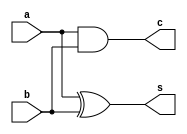
module halfAdder(a,b,s,c);
input a,b;
output s,c;
xor(s,a,b);
and(c,a,b);
endmodule

module fullAdder(input a , b , cin , output s , Cout);
  wire S0 , C0 , c1;
  halfAdder hf1( a , b , S0 , C0);
  halfAdder hf2( S0 , cin , s , c1);
  or(Cout , C0 , c1);
endmodule

module fullAdderTest();
  reg a, b, cin;
  wire s, cout;
  fullAdder fa(a,b,cin,s,cout);
  
  initial begin
    #0 a = 1'b0; b = 1'b0; cin = 1'b0;
    #50 a = 1'b0; b = 1'b0; cin = 1'b1;
    #50 a = 1'b0; b = 1'b1; cin = 1'b0;
    #50 a = 1'b0; b = 1'b1; cin = 1'b1;
    #50 a = 1'b1; b = 1'b0; cin = 1'b0;
    #50 a = 1'b1; b = 1'b0; cin = 1'b1;
    #50 a = 1'b1; b = 1'b1; cin = 1'b0;
    #50 a = 1'b1; b = 1'b1; cin = 1'b1;   
  end
endmodule